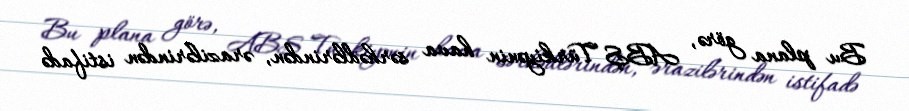
Bu plana görə, ABŞ Türkiyənin hava sərhədlərindən, ərazilərindən istifadə